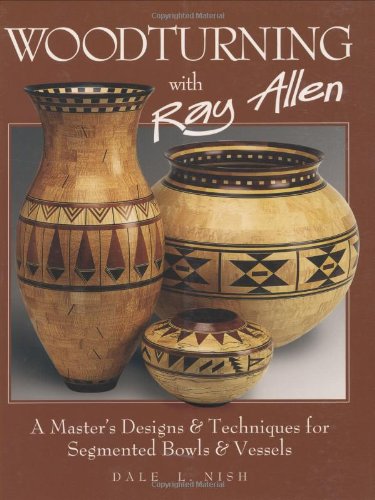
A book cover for Woodturning with Ray Allen: A Master's Designs & Techniques for Segemented Bowls and Vessels; Dale Nish; Crafts, Hobbies & Home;